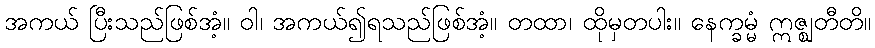
အကယ် ပြီးသည်ဖြစ်အံ့။ ဝါ၊ အကယ်၍ရသည်ဖြစ်အံ့။ တထာ၊ ထိုမှတပါး။ နေက္ခမ္မံ ဣဇ္ဈတီတိ။